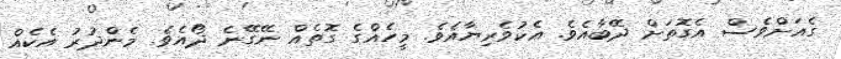
ގެއަށްވެސް އެގޮތަށް ދޭބާއެވެ. އެކުވެރިޔާއެވެ. މީހެއްގެ ގޮތެއް ނޭގޭނެ ދޯއެވެ. މެންދުރު އެކެއް